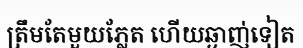
ត្រឹមតែមួយភ្លែត ហើយឆ្ងាញ់ទៀត